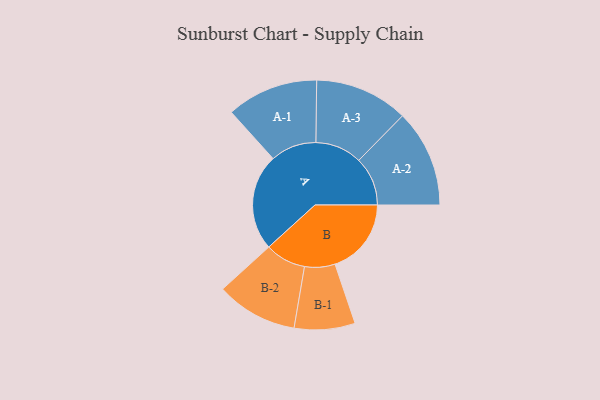
{"axis": {"x": "Segment", "y": "Value"}, "legend": ["", "A", "B"], "data": [{"x": "A", "y": 467, "type": ""}, {"x": "B", "y": 369, "type": ""}, {"x": "A-1", "y": 222, "type": "A"}, {"x": "A-2", "y": 236, "type": "A"}, {"x": "A-3", "y": 226, "type": "A"}, {"x": "B-1", "y": 147, "type": "B"}, {"x": "B-2", "y": 197, "type": "B"}]}